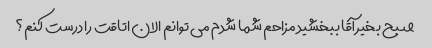
صبح بخیر آقا ببخشید مزاحم شما شدم می توانم الان اتاقت را درست کنم؟